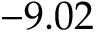
- 9 . 0 2